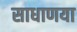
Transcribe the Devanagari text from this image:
साधाणया